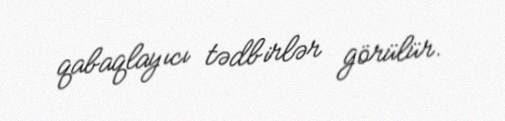
qabaqlayıcı tədbirlər görülür.